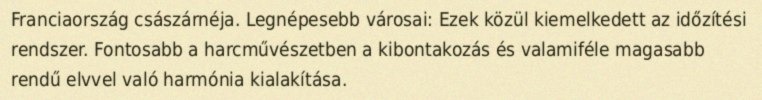
Franciaország császárnéja. Legnépesebb városai: Ezek közül kiemelkedett az időzítési rendszer. Fontosabb a harcművészetben a kibontakozás és valamiféle magasabb rendű elvvel való harmónia kialakítása.